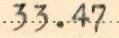
33.47